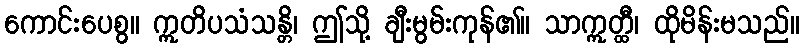
ကောင်းပေစွ။ ဣတိပသံသန္တိ၊ ဤသို့ ချီးမွမ်းကုန်၏။ သာဣတ္ထီ၊ ထိုမိန်းမသည်။